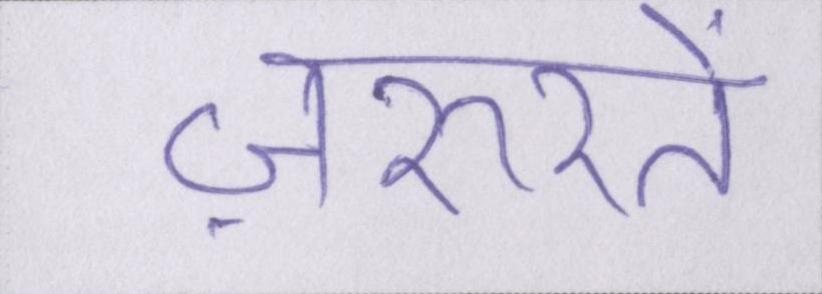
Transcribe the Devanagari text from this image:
ज़रूरतें